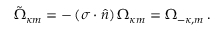
\tilde { \Omega } _ { \kappa m } = - \left( \boldsymbol { \sigma } \cdot \boldsymbol { \hat { n } } \right) \Omega _ { \kappa m } = \Omega _ { - \kappa , m } \, .